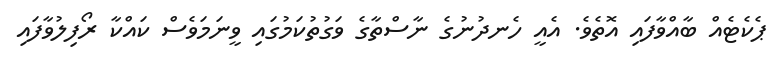
ޕެކެޓެއް ބާއްވާފައި އޮތެވެ. އެެއީ ހެެނދުނުގެ ނާސްތާގެެ ވަގުތުކަމުގައި ވީނަމަވެސް ކައްކާ ރޯފިލުވާފައި